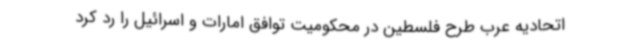
اتحادیه عرب طرح فلسطین در محکومیت توافق امارات و اسرائیل را رد کرد